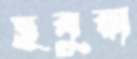
ছবুরা